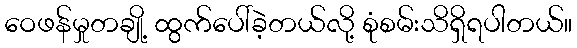
ဝေဖန်မှုတချို့ ထွက်ပေါ်ခဲ့တယ်လို့ စုံစမ်းသိရှိရပါတယ်။